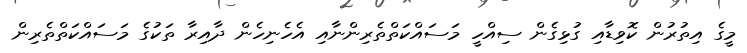
މީގެ އިތުރުން ކޮވިޑާއި ގުޅިގެން ސިއްހީ މަސައްކަތްތެރިންނާއި އެހެނިހެން ދާއިރާ ތަކުގެ މަސައްކަތްތެރިން